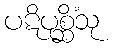
ပဋိပုစ္ဆိံသု